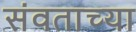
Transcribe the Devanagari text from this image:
संवताच्या